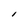
Character: i